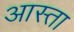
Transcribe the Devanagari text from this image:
आस्ता